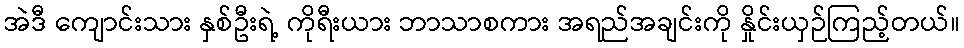
အဲဒီ ကျောင်းသား နှစ်ဦးရဲ့ ကိုရီးယား ဘာသာစကား အရည်အချင်းကို နှိုင်းယှဉ်ကြည့်တယ်။